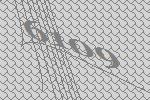
6109